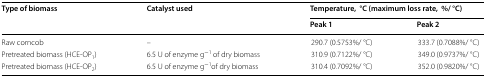
| <ROWSPAN=2> Type of biomass | <ROWSPAN=2> Catalyst used | <COLSPAN=2> Temperature,°C (maximum loss rate,%/ °C) |
 | Peak 1 | Peak 2 |
 | --- | --- | --- | --- |
 | Raw corncob | – | 290.7 (0.5753%/ °C) | 333.7 (0.7088%/ °C) |
 | Pretreated biomass (HCE-OP1) | 6.5 U of enzyme g−1 of dry biomass | 310.9 (0.7122%/ °C) | 349.0 (0.9737%/ °C) |
 | Pretreated biomass (HCE-OP2) | 6.5 U of enzyme g−1of dry biomass | 310.4 (0.7092%/ °C) | 352.0 (0.9820%/ °C) |